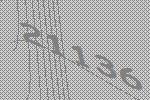
21136